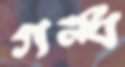
গন্ধ